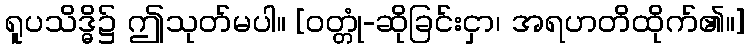
ရူပသိဒ္ဓိ၌ ဤသုတ်မပါ။ [ဝတ္တုံ-ဆိုခြင်းငှာ၊ အရဟတိထိုက်၏။]